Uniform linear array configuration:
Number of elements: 32
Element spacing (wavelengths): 0.25
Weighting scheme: kaiser
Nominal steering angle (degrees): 60
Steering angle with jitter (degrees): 59.51
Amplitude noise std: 0.05
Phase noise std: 0.05

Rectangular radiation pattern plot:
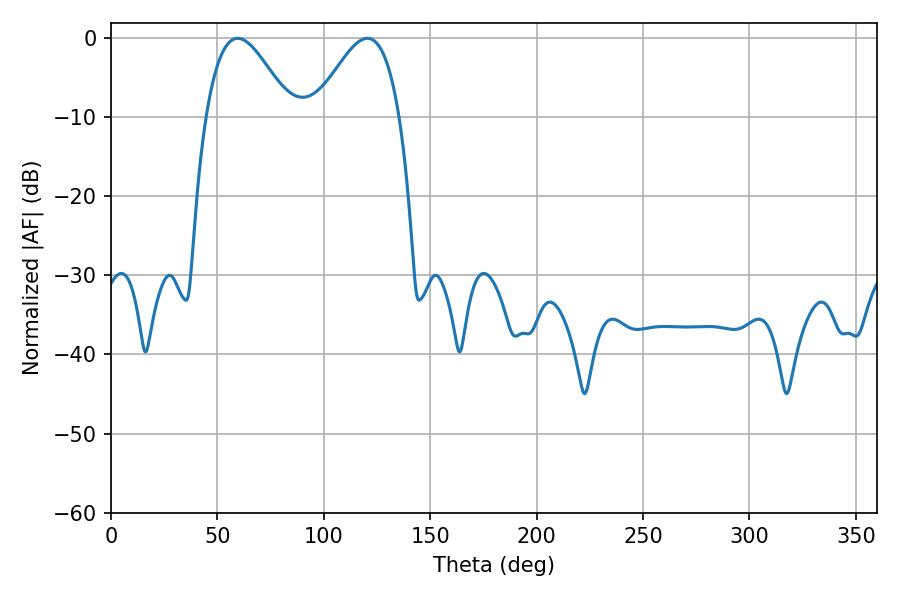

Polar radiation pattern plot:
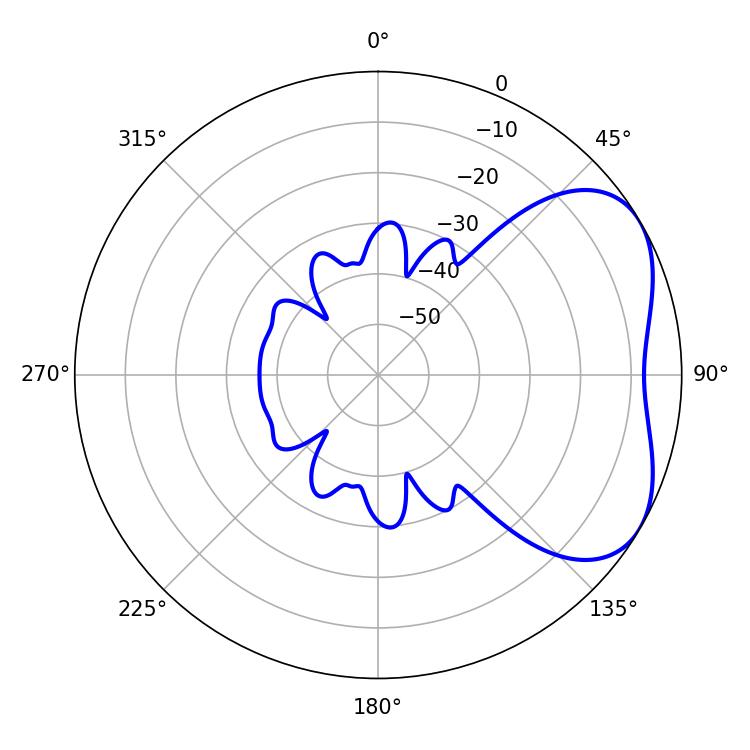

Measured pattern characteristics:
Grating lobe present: FALSE
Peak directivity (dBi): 4.306
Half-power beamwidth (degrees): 21.42
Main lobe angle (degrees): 120.42